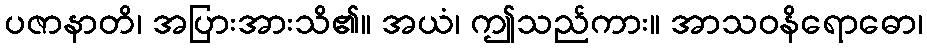
ပဇာနာတိ၊ အပြားအားသိ၏။ အယံ၊ ဤသည်ကား။ အာသဝနိရောဓော၊